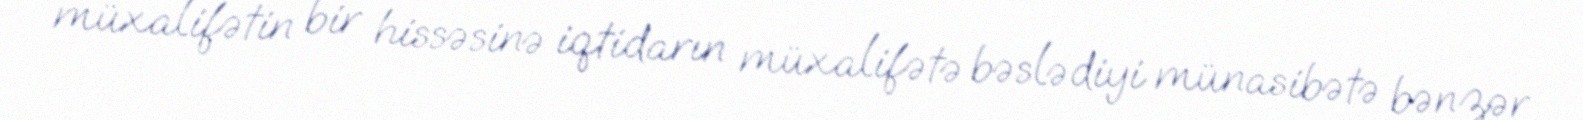
müxalifətin bir hissəsinə iqtidarın müxalifətə bəslədiyi münasibətə bənzər